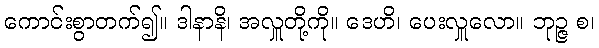
ကောင်းစွာတက်၍။ ဒါနာနိ၊ အလှူတို့ကို။ ဒေဟိ၊ ပေးလှူလော။ ဘုဉ္ဇ စ၊